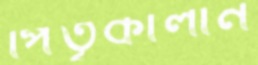
পিতৃকালীন